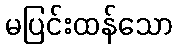
မပြင်းထန်သော